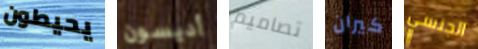
يحيطون أديسون تصاميم كيران الجنسي